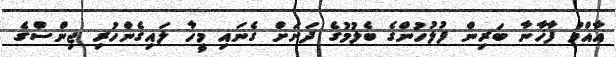
އާއްމު ފާޚާނާ ބަރިން ފުލުހުންގެ ބެލުމުގެ ދަށަށް ގެނައި މީހާ ލައިގެންހުރި ޖިންސްގެ